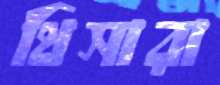
থিসারা